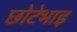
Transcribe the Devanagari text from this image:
छोटेभाइ